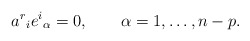
\begin{align*}a^r{}_i e^i{}_\alpha = 0, \qquad \alpha = 1,\ldots, n-p.\end{align*}